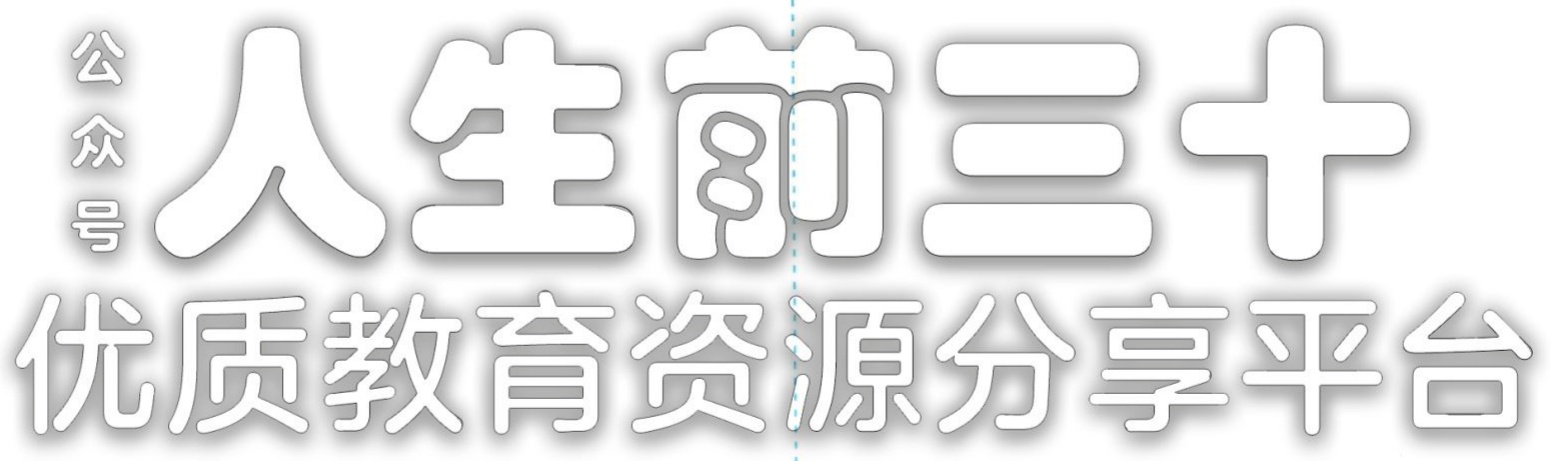
公众号 人生前三十 优质教育资源分享平台